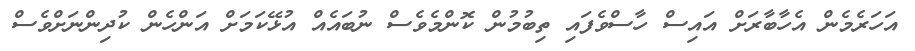
އަހަރެމެން އެހާބާރަށް އައިސް ހާސްވެފައި ތިބުމުން ކޮންމެވެސް ނުބައެއް އުޅޭކަމަށް އަންހެން ކުދިންނަށްވެސް